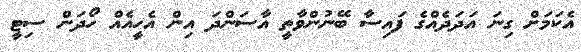
އެކަމަށް ގިނަ އަދަދެއްގެ ފައިސާ ބޭނުންވާތީ އާސަންދަ އިން އެހީއެއް ހޯދަން ސިޓީ